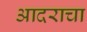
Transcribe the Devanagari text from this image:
आदराचा